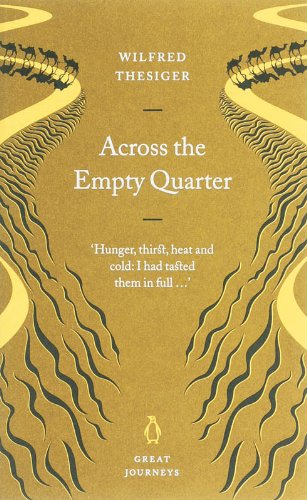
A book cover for Great Journeys Across The Empty Quarter (Penguin Great Journeys); Wilfrid Thesiger; Travel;